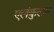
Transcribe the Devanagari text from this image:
एलंकुलम